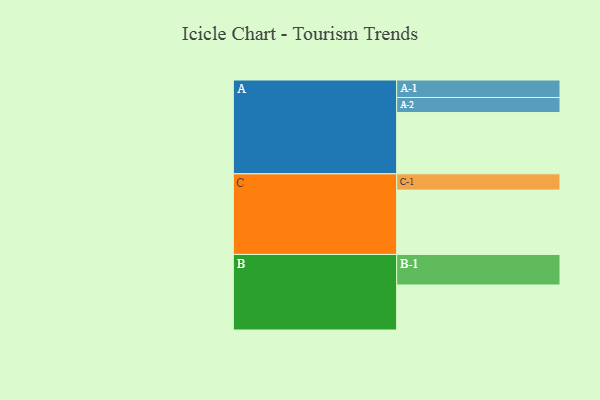
{"axis": {"x": "Segment", "y": "Value"}, "legend": ["", "A", "B", "C"], "data": [{"x": "A", "y": 557, "type": ""}, {"x": "B", "y": 409, "type": ""}, {"x": "C", "y": 585, "type": ""}, {"x": "A-1", "y": 159, "type": "A"}, {"x": "A-2", "y": 137, "type": "A"}, {"x": "B-1", "y": 278, "type": "B"}, {"x": "C-1", "y": 148, "type": "C"}]}